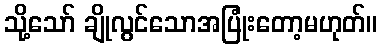
သို့သော် ချိုလွင်သောအပြုံးတော့မဟုတ်။